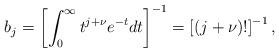
LaTeX: \begin{align*} b_j = \left[ \int_0^{\infty} t^{j+\nu} e^{-t} dt \right]^{-1} = \left[ (j+\nu)! \right]^{-1},\end{align*}